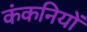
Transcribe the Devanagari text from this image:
कंकनियों